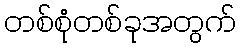
တစ်စုံတစ်ခုအတွက်